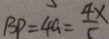
B P = 4 a = \frac { 4 x } { 5 }